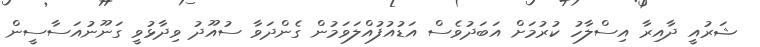
ޝަރުއީ ދާއިރާ އިސްލާހު ކުރުމަށް އަބަދުވެސް އަޑުއުފުއްލަވަމުން ގެންދަވާ ސުއޫދު ވިދާޅުވީ ގަނޫނުއަސާސީން